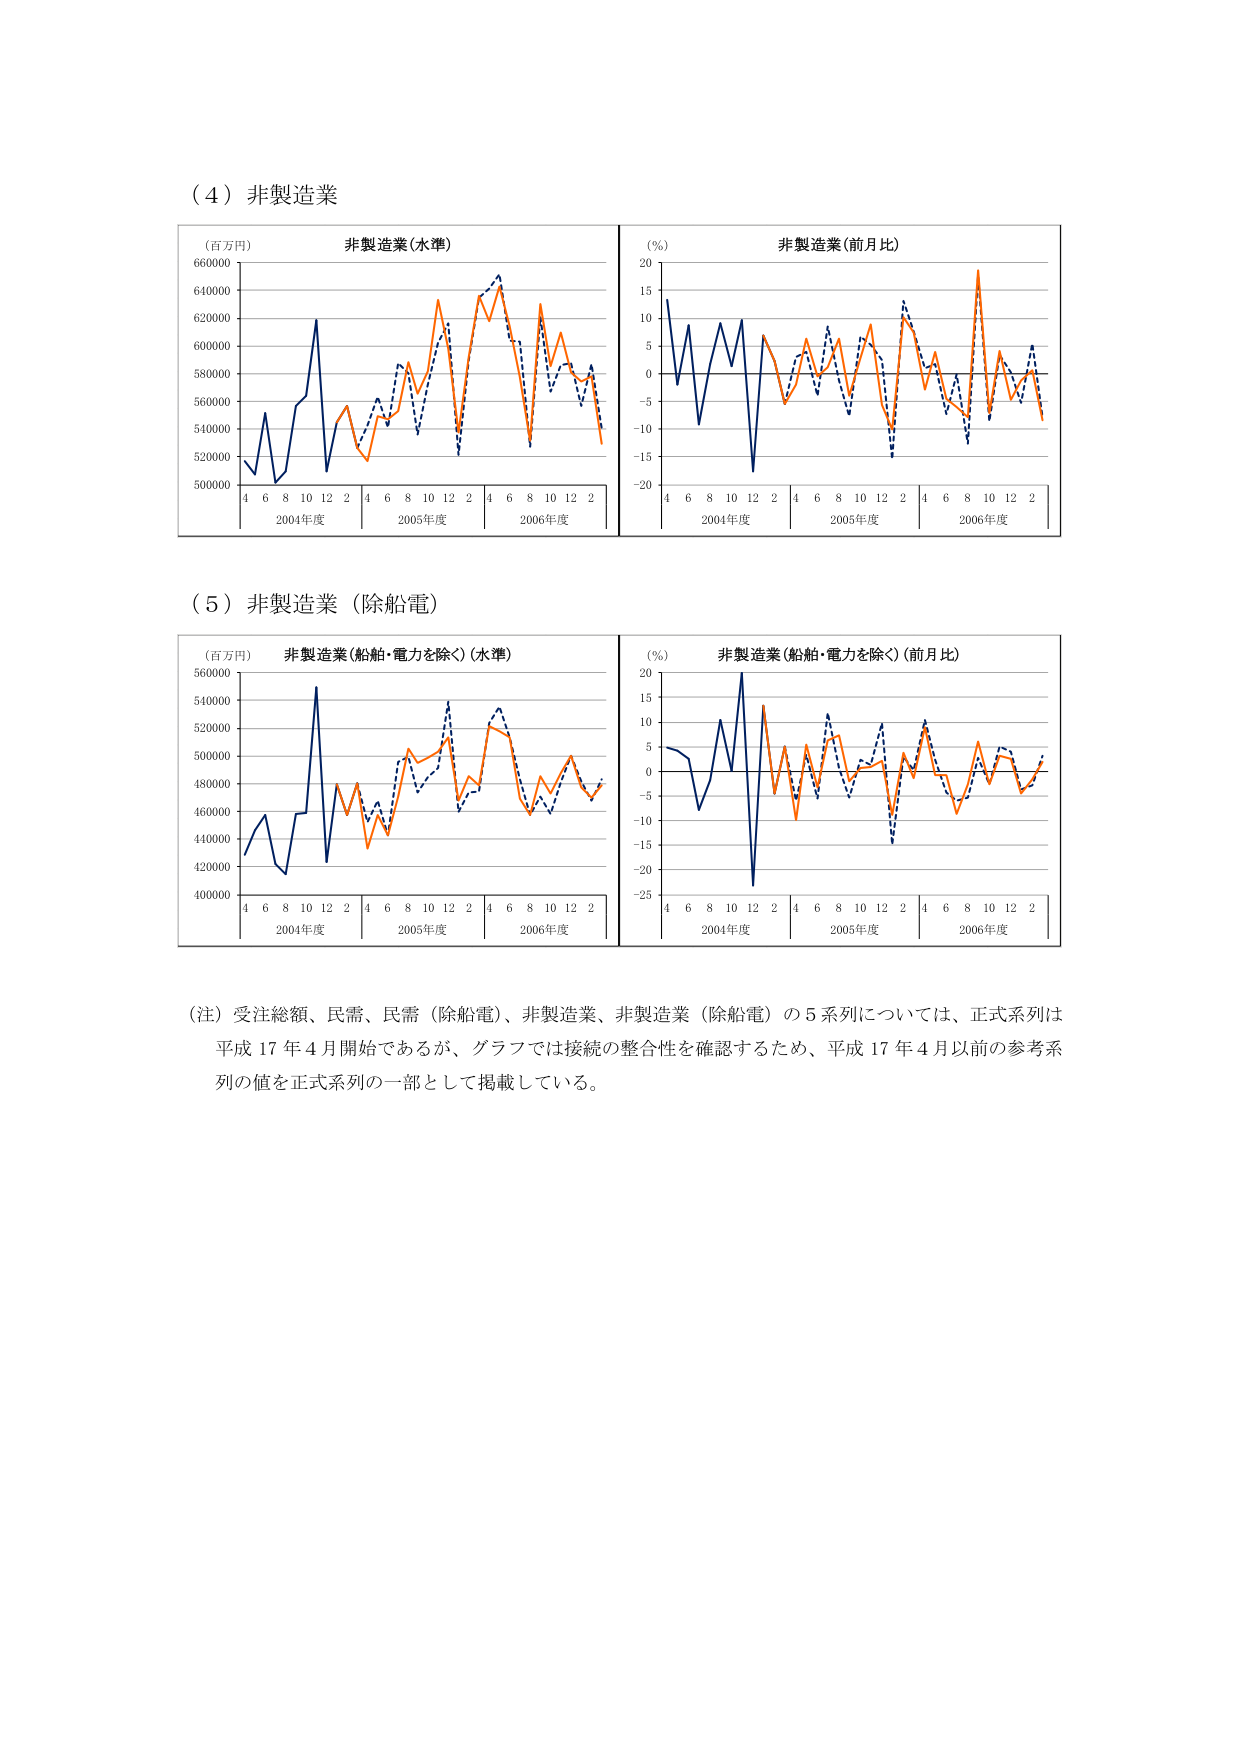
（４）非製造業

（百万円） 非製造業（水準）
660000
640000
620000
600000
580000
560000
540000
520000
500000
4 6 8 10 12 2 4 6 8 10 12 2 4 6 8 10 12 2
2004年度 2005年度 2006年度

（％） 非製造業（前月比）
20
15
10
5
0
-5
-10
-15
-20
4 6 8 10 12 2 4 6 8 10 12 2 4 6 8 10 12 2
2004年度 2005年度 2006年度

（５）非製造業（除船電）

（百万円） 非製造業（船舶・電力を除く）（水準）
560000
540000
520000
500000
480000
460000
440000
420000
400000
4 6 8 10 12 2 4 6 8 10 12 2 4 6 8 10 12 2
2004年度 2005年度 2006年度

（％） 非製造業（船舶・電力を除く）（前月比）
20
15
10
5
0
-5
-10
-15
-20
-25
4 6 8 10 12 2 4 6 8 10 12 2 4 6 8 10 12 2
2004年度 2005年度 2006年度

（注）受注総額、民需、民需（除船電）、非製造業、非製造業（除船電）の５系列については、正式系列は平成17年4月開始であるが、グラフでは接続の整合性を確認するため、平成17年4月以前の参考系列の値を正式系列の一部として掲載している。